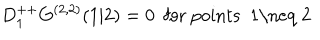
D _ { 1 } ^ { + + } G ^ { ( 2 , 2 ) } ( 1 \vert 2 ) = 0 \ \ \mathrm { f o r ~ p o i n t s ~ 1 \neq ~ 2 ~ }